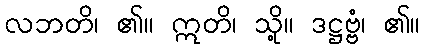
လဘတိ၊ ၏။ ဣတိ၊ သို့။ ဒဋ္ဌဗ္ဗံ၊ ၏။